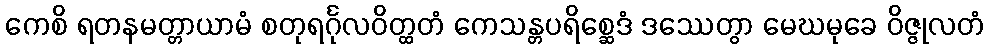
ကေစိ ရတနမတ္တာယာမံ စတုရင်္ဂုလဝိတ္ထတံ ကေသန္တပရိစ္ဆေဒံ ဒဿေတွာ မေဃမုခေ ဝိဇ္ဇုလတံ